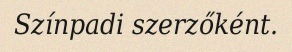
Színpadi szerzőként.